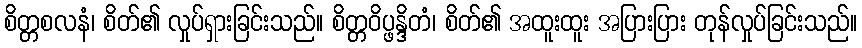
စိတ္တစလနံ၊ စိတ်၏ လှုပ်ရှားခြင်းသည်။ စိတ္တဝိပ္ဖန္ဒိတံ၊ စိတ်၏ အထူးထူး အပြားပြား တုန်လှုပ်ခြင်းသည်။